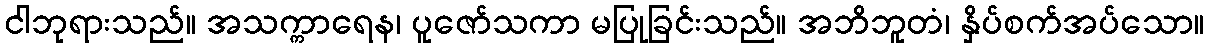
ငါဘုရားသည်။ အသက္ကာရေန၊ ပူဇော်သကာ မပြုခြင်းသည်။ အဘိဘူတံ၊ နှိပ်စက်အပ်သော။